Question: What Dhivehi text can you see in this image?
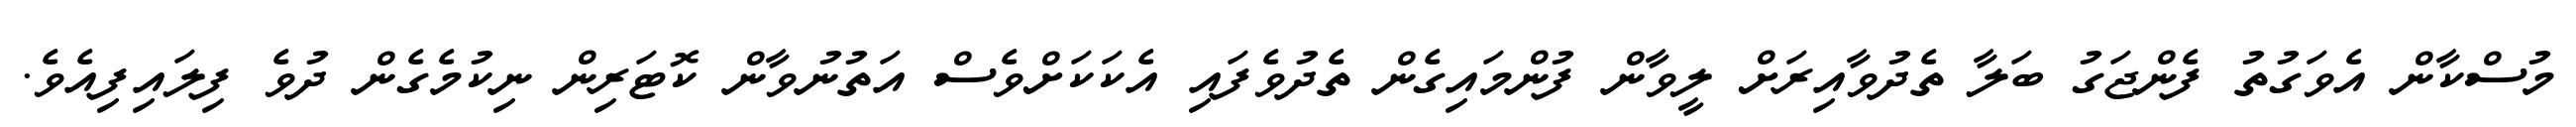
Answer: މުސްކާން އެވަގުތު ފެންޖަގު ބަލާ ތެދުވާއިރަށް ލީވާން ފުންމައިގެން ތެދުވެފައި އެކަކަށްވެސް އަތުނުވާން ކޮޓަރިން ނިކުމެގެން ދުވެ ފިލައިފިއެވެ.